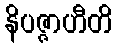
နိပဇ္ဇာဟီတိ